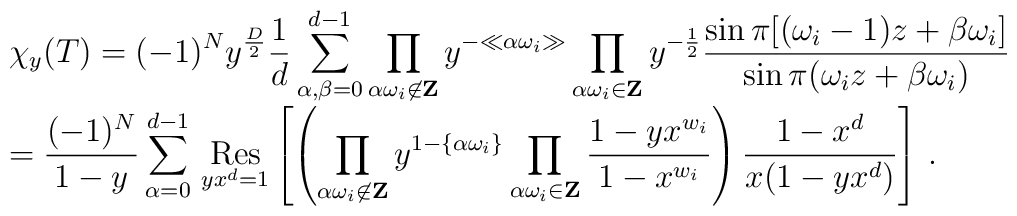
\begin{array}{ll}&\displaystyle\chi_y(T)=(-1)^Ny^{\frac{D}{2}}\frac{1}{d}\sum_{\alpha,\beta=0}^{d-1}\prod_{\alpha\omega_i\not\in{\bf Z}}y^{-\ll\alpha\omega_i\gg}\prod_{\alpha\omega_i\in{\bf Z}}y^{-\frac{1}{2}}\frac{\sin\pi[(\omega_i-1)z+\beta\omega_i]}{\sin\pi(\omega_iz+\beta\omega_i)}\\[4mm]&\displaystyle=\frac{(-1)^N}{1-y}\sum_{\alpha=0}^{d-1}\,\mathop{{\rm Res}}_{yx^d=1}\left[\left( \prod_{\alpha\omega_i\not\in{\bf Z}} y^{1-\{\alpha\omega_i\}}\prod_{\alpha\omega_i\in{\bf Z}}\frac{1-yx^{w_i}}{1-x^{w_i}}\right)\frac{1-x^d}{x(1-yx^d)}\right]\,.\nonumber\end{array}